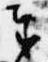
奉